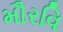
મૌરવિ